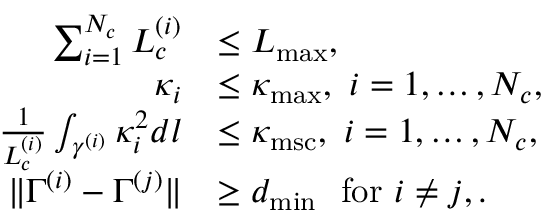
\begin{array} { r l } { \sum _ { i = 1 } ^ { N _ { c } } L _ { c } ^ { ( i ) } } & { \le L _ { \mathrm { m a x } } , } \\ { \kappa _ { i } } & { \le \kappa _ { \mathrm { m a x } } , ~ i = 1 , \ldots , N _ { c } , } \\ { \frac { 1 } { L _ { c } ^ { ( i ) } } \int _ { \gamma ^ { ( i ) } } \kappa _ { i } ^ { 2 } d l } & { \le \kappa _ { \mathrm { m s c } } , ~ i = 1 , \ldots , N _ { c } , } \\ { \| \Gamma ^ { ( i ) } - \Gamma ^ { ( j ) } \| } & { \geq d _ { \operatorname* { m i n } } ~ \mathrm { ~ f o r ~ } i \neq j , . } \end{array}